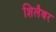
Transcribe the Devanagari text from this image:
शिलैबर